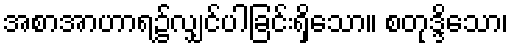
အစာအာဟာရ၌လျှင်ပါခြင်းရှိသော။ စတုဒ္ဒိသော၊